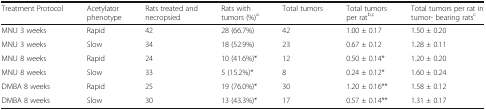
<table><thead><tr><td><b>Treatment Protocol</b></td><td><b>Acetylator phenotype</b></td><td><b>Rats treated and necropsied</b></td><td><b>Rats with tumors (%)<sup>a</sup></b></td><td><b>Total tumors</b></td><td><b>Total tumors per rat<sup>b,c</sup></b></td><td><b>Total tumors per rat in tumor- bearing rats<sup>c</sup></b></td></tr></thead><tbody><tr><td>MNU 3 weeks</td><td>Rapid</td><td>42</td><td>28 (66.7%)</td><td>42</td><td>1.00 ± 0.17</td><td>1.50 ± 0.20</td></tr><tr><td>MNU 3 weeks</td><td>Slow</td><td>34</td><td>18 (52.9%)</td><td>23</td><td>0.67 ± 0.12</td><td>1.28 ± 0.11</td></tr><tr><td>MNU 8 weeks</td><td>Rapid</td><td>24</td><td>10 (41.6%)*</td><td>12</td><td>0.50 ± 0.14*</td><td>1.20 ± 0.20</td></tr><tr><td>MNU 8 weeks</td><td>Slow</td><td>33</td><td>5 (15.2%)*</td><td>8</td><td>0.24 ± 0.12*</td><td>1.60 ± 0.24</td></tr><tr><td>DMBA 8 weeks</td><td>Rapid</td><td>25</td><td>19 (76.0%)*</td><td>30</td><td>1.20 ± 0.16**</td><td>1.58 ± 0.12</td></tr><tr><td>DMBA 8 weeks</td><td>Slow</td><td>30</td><td>13 (43.3%)*</td><td>17</td><td>0.57 ± 0.14**</td><td>1.31 ± 0.17</td></tr></tbody></table>